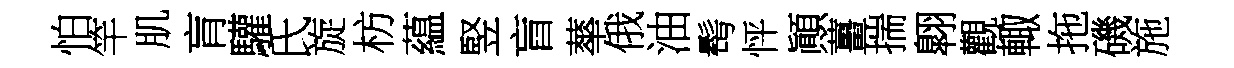
怕竿肌肓驩氏旋枋藴竪盲蕐俄油髩怦顚薑揣翺觀輙拖磯施